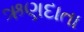
ઋણદાતા